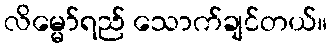
လိမ္မော်ရည် သောက်ချင်တယ်။